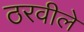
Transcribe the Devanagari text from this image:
ठरवीले